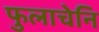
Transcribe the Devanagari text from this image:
फुलाचेनि